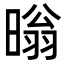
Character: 暡